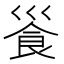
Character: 𩚓